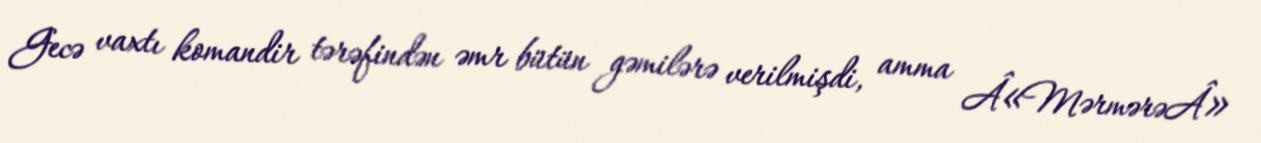
Gecə vaxtı komandir tərəfindən əmr bütün gəmilərə verilmişdi, amma Â«MərmərəÂ»